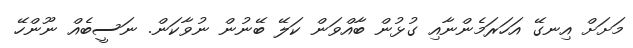
މަށަށް އިނގޭ އަހަރަމެންނާއި ގުޅުން ބާއްވަން ކަލޭ ބޭނުން ނުވާކަން. ނަސީބެއް ނޫންހޭ